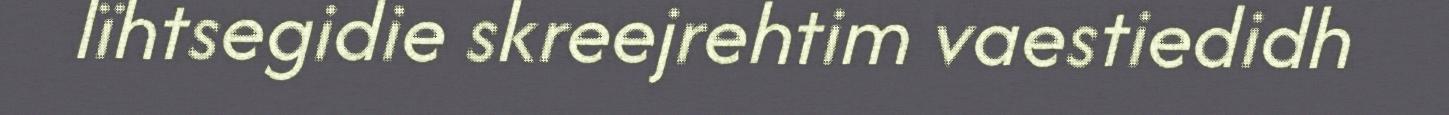
lïhtsegidie skreejrehtim vaestiedidh